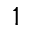
1